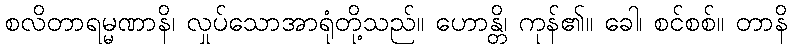
စလိတာရမ္မဏာနိ၊ လှုပ်သောအာရုံတို့သည်။ ဟောန္တိ၊ ကုန်၏။ ခေါ၊ စင်စစ်။ တာနိ